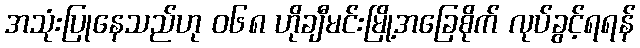
အသုံးပြုနေသည်ဟု ၀၆၈ ဟိုချီမင်းမြို့အခြေစိုက် လုပ်ခွင့်ရရန်